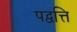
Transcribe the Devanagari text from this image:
पद्वत्ति